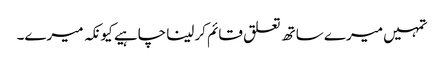
تمہیں میرے ساتھ تعلق قائم کرلینا چاہیے کیونکہ میرے۔